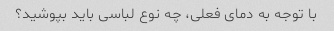
با توجه به دمای فعلی، چه نوع لباسی باید بپوشید؟